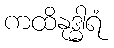
ကထိနုဒ္ဓါရံ